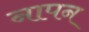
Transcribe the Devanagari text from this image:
नापन